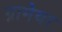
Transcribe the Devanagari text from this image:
ग्रामेयर